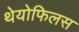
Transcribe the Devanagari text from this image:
थेयोफिलस